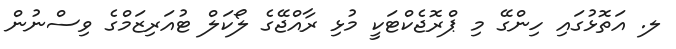
ލ. އަތޮޅުގައި ހިންގޭ މި ޕްރޮޖެކްޓަކީ މުޅި ރާއްޖޭގެ ލޯކަލް ޓުއަރިޒަމްގެ ވިސްނުން